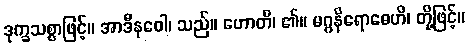
ဒုက္ခသစ္စာဖြင့်။ အာဒီနဝေါ၊ သည်။ ဟောတိ၊ ၏။ မဂ္ဂနိရောဓေဟိ၊ တို့ဖြင့်။